画像に写った文字を読んでください
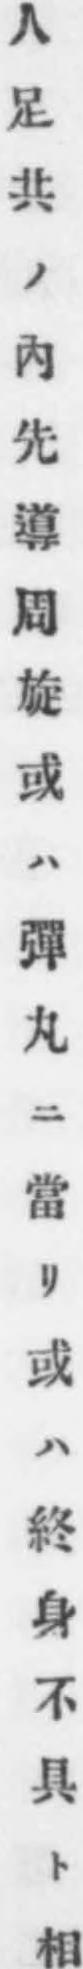
「人足共ノ內先導周旋或ハ彈丸ニ當リ或ハ終身不具ト相」と書いてあります